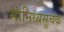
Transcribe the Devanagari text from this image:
सांनिध्यसूचक